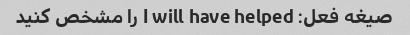
صیغه فعل: I will have helped را مشخص کنید